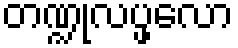
တဏ္ဍုလပ္ဖလော